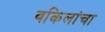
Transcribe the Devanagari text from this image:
वकिलांचा